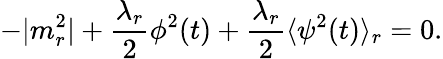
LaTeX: -|m_{r}^{2}|+\frac{\lambda_{r}}{2}\phi^{2}(t)+\frac{\lambda_{r}}{2}\langle\psi^{2}(t)\rangle_{r}=0.